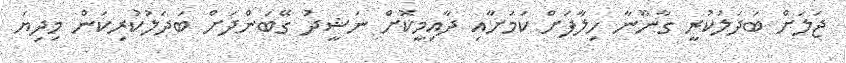
ޖަލަށް ބަދަލުކުރީ ގާނޫނާ ހިލާފަށް ކަމަށާއި ދާއިމީކޮށް ނަޝީދު ގޭބަންދަށް ބަދަލުކުރިކަން މިދިޔަ